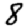
Digit: 8